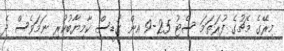
މިރޭގެ މެޗުގެ ފުރަތަމަ ސެޓު 25-9 އިން ގުޑީސް ކާމިޔާބުކުރި ނަމަވެސް ދެ